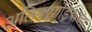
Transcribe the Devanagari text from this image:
अलिक्झांड्रियाच्या